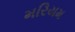
મરિયમ